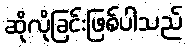
ဆိုလိုခြင်းဖြစ်ပါသည်